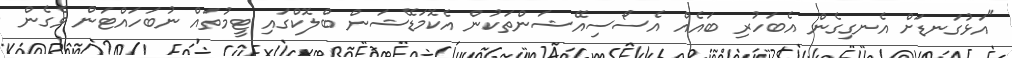
"އަޅުގަނޑަށް އެނގިގެން އެބަހުރި ބައެއް އެސޯސިއޭޝަންތަކުން އެކޮމަޑޭޝަން ބްލޮކްގައި ޓީމުތައް ނުބަހައްޓަން ވެގެން